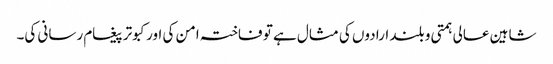
شاہین عالی ہمتی و بلند ارادوں کی مثال ہے تو فاختہ امن کی اور کبوتر پیغام رسانی کی۔